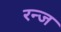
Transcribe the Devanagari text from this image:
रन्ज